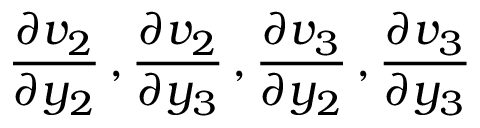
\frac { \partial v _ { 2 } } { \partial y _ { 2 } } \, , \frac { \partial v _ { 2 } } { \partial y _ { 3 } } \, , \frac { \partial v _ { 3 } } { \partial y _ { 2 } } \, , \frac { \partial v _ { 3 } } { \partial y _ { 3 } }